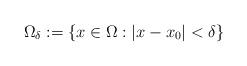
LaTeX: \begin{align*}\Omega_\delta := \{x \in \Omega: |x - x_0| < \delta\}\end{align*}